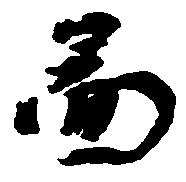
図